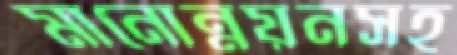
মানোন্নয়নসহ